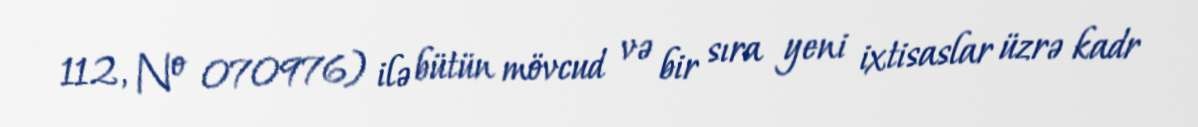
112, № 070976) ilə bütün mövcud və bir sıra yeni ixtisaslar üzrə kadr